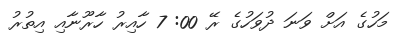
މަހުގެ އަށް ވަނަ ދުވަހުގެ ރޭ 00: 7 ހާއިރު ހާރޫނާއި އިތުރު